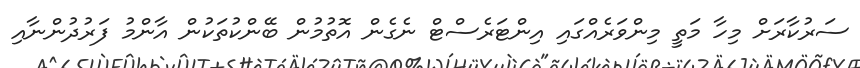
ސަރުކާރަށް މިހާ މަތީ މިންވަރެއްގައި އިންޓަރެސްޓް ނެގެން އޮތުމުން ބޭންކުތަކުން އާންމު ފަރުދުންނާއި